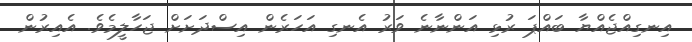
އިނގިއްޖެއްޔާ ބައްޕަ ރުޅި އަންނާނެ ވަރު އެނގި އަހަރެން އިސްދަށަށް ޖަހާލީމެވެ. އެއިރުން